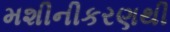
મશીનીકરણથી